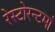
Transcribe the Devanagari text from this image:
रेस्‍टोरन्टमां